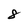
Character: 8